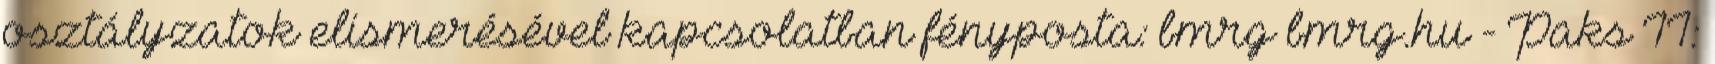
osztályzatok elismerésével kapcsolatban fényposta: bmrg bmrg.hu - Paks II: